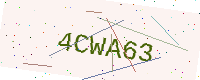
Text: 4CWA63